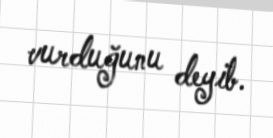
vurduğunu deyib.